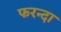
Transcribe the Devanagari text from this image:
फरन्दा